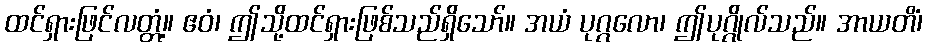
ထင်ရှားဖြင်လတ္တံ့။ ဧဝံ၊ ဤသို့ထင်ရှားဖြစ်သည်ရှိသော်။ အယံ ပုဂ္ဂလော၊ ဤပုဂ္ဂိုလ်သည်။ အာယတိံ၊